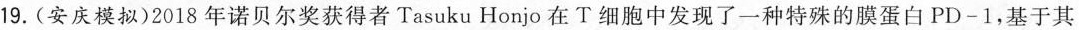
19.(安庆模拟)2018年诺贝尔奖获得者Tasuku Honjo在T细胞中发现了一种特殊的膜蛋白PD-1，基于其